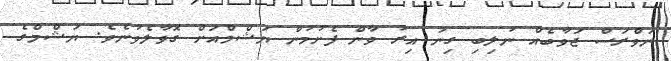
ނަވްރަސް ޖަވާބެއް ނުލިބި ގިނަ އިރު ވާން ފެށުމުން ޔަޝްމްއަށް ގޮވާލެވުނެވެ. ޔަޝްމްގެ